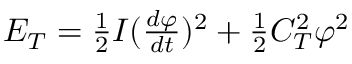
\begin{array} { r } { E _ { T } = \frac { 1 } { 2 } I ( \frac { d \varphi } { d t } ) ^ { 2 } + \frac { 1 } { 2 } C _ { T } ^ { 2 } \varphi ^ { 2 } } \end{array}